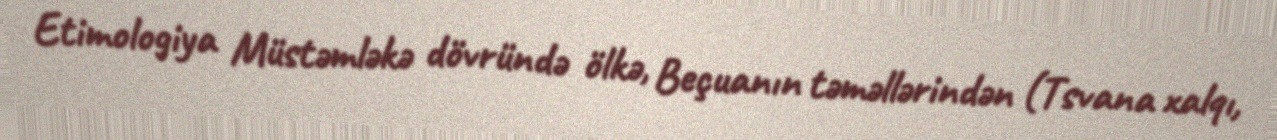
Etimologiya Müstəmləkə dövründə ölkə, Beçuanın təməllərindən (Tsvana xalqı,